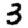
Digit: 3